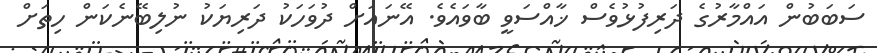
ސަބަބުން އައްމާރުގެ ދަރިފުޅުވެސް ޚާއްސަވީ ބާވައެވެ. އޭނައަށް ދުވަހަކު ދަރިޔަކު ނުލިބޭނެކަން ހިތަށް